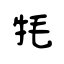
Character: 牦